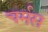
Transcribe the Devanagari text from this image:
चर्मस